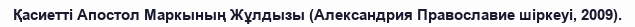
Қасиетті Апостол Маркының Жұлдызы (Александрия Православие шіркеуі, 2009).